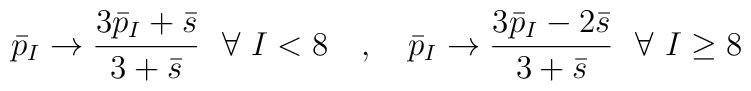
\bar{p}_I \to {3\bar{p}_I + \bar{s} \over 3+\bar{s}}\ \ \forall\ I<8 \quad , \quad\bar{p}_I \to {3\bar{p}_I - 2\bar{s} \over 3+\bar{s}}\ \ \forall\ I\geq8